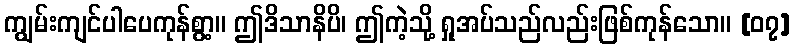
ကျွမ်းကျင်ပါပေကုန်စွာ့။ ဤဒိသာနိပိ၊ ဤကဲ့သို့ ရှုအပ်သည်လည်းဖြစ်ကုန်သော။ [၀၇]